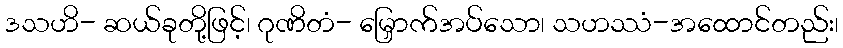
ဒသဟိ- ဆယ်ခုတို့ဖြင့်၊ ဂုဏိတံ- မြှောက်အပ်သော၊ သဟဿံ-အထောင်တည်း၊